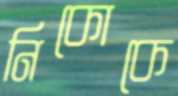
নিকোকে